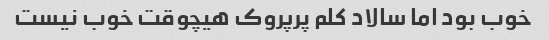
خوب بود اما سالاد کلم پرپروک هیچوقت خوب نیست